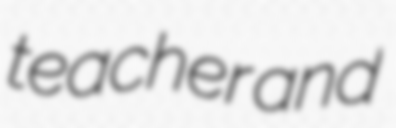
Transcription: teacher and